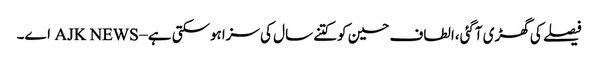
فیصلے کی گھڑی آگئی،الطاف حسین کوکتنے سال کی سزاہوسکتی ہے – AJK NEWS اے۔